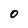
Character: O